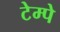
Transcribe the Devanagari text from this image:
टेम्पे